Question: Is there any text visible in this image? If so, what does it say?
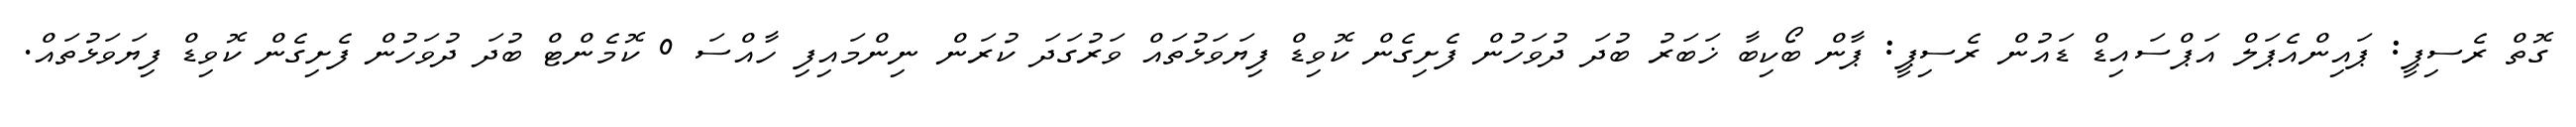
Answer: ގޮތް ރެސިޕީ: ޕައިންއެޕަލް އަޕްސައިޑް ޑައުން ރެސިޕީ: ޕާން ބޯކިބާ ޚަބަރު ބުދަ ދުވަހުން ފެށިގެން ކޮވިޑް ފިޔަވަޅުތައް ވަރުގަދަ ކުރަން ނިންމައިފި ހާއްސަ 0 ކޮމެންޓް ބުދަ ދުވަހުން ފެށިގެން ކޮވިޑް ފިޔަވަޅުތައް.